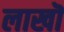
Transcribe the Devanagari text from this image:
लाखॊ